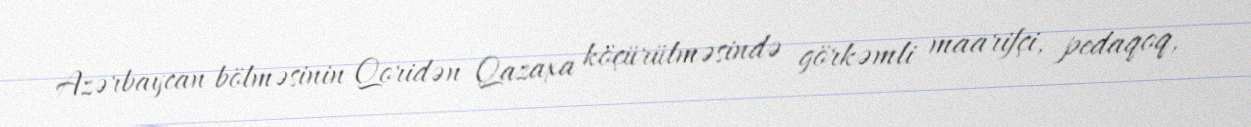
Azərbaycan bölməsinin Qoridən Qazaxa köçürülməsində görkəmli maarifçi, pedaqoq,